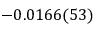
- 0 . 0 1 6 6 ( 5 3 )